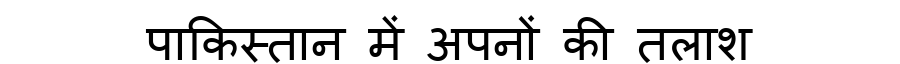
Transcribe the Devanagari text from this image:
पाकिस्तान में अपनों की तलाश